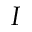
I